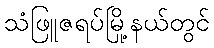
သံဖြူဇရပ်မြို့နယ်တွင်